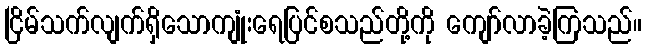
ငြိမ်သက်လျက်ရှိသောကျုံးရေပြင်စသည်တို့ကို ကျော်လာခဲ့ကြသည်။